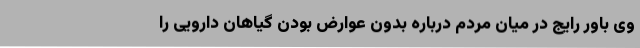
وی باور رایج در میان مردم درباره بدون عوارض بودن گیاهان دارویی را